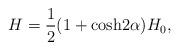
LaTeX: \begin{align*}H = {1\over 2}(1 + {\rm cosh}2\alpha) H_0,\end{align*}